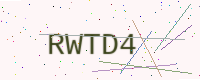
Text: RWTD4